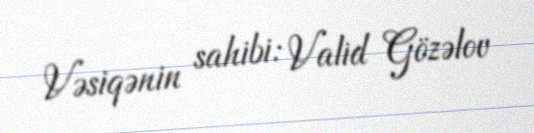
Vəsiqənin sahibi: Valid Gözəlov